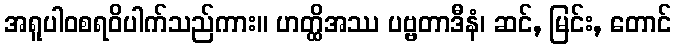
အရူပါဝစရဝိပါက်သည်ကား။ ဟတ္ထိအဿ ပဗ္ဗတာဒီနံ၊ ဆင်, မြင်း, တောင်